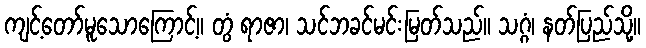
ကျင့်တော်မူသောကြောင့်။ တွံ ရာဇာ၊ သင်ဘခင်မင်းမြတ်သည်။ သဂ္ဂံ၊ နတ်ပြည်သို့။